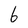
Character: 6